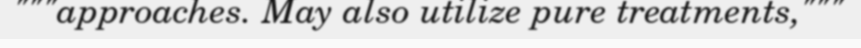
"""approaches. May also utilize pure treatments,"""